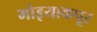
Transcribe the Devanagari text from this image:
मोइयाकपूर